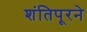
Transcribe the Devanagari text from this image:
शंतिपूरने